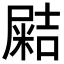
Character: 𡳛